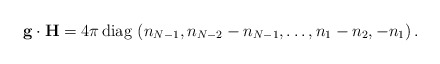
\begin{align*}{\bf g}\cdot {\bf H} ={4\pi}\, {\rm diag}\,\, (n_{N-1}, n_{N-2}-n_{N-1}, \dots, n_1-n_2, -n_1 ) \, .\end{align*}